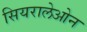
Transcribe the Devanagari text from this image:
सियरालेओन